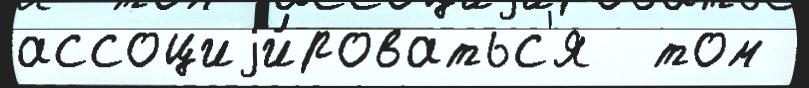
ассоциjи́роватьс'я  том